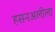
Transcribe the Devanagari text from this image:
हसनअलीला